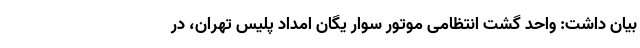
بیان داشت: واحد گشت انتظامی موتور سوار یگان امداد پلیس تهران، در